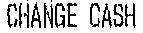
CHANGE CASH